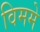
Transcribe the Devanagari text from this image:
विममे